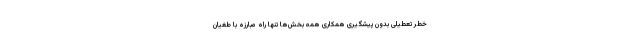
خطر تعطیلی بدون پیشگیری همکاری همه بخش‌ها تنها راه مبارزه با طغیان